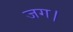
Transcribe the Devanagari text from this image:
जग।